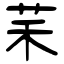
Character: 䒩